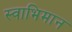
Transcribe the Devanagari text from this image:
स्‍वाभिमान